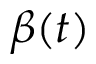
\beta ( t )